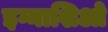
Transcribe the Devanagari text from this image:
इग्नाशिओ